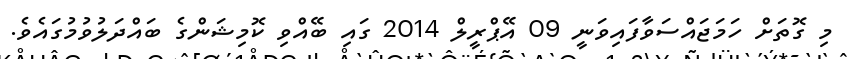
މި ގޮތަށް ހަމަޖައްސަވާފައިވަނީ 09 އޭޕްރީލް 2014 ގައި ބޭއްވި ކޮމިޝަންގެ ބައްދަލުވުމުގައެވެ.